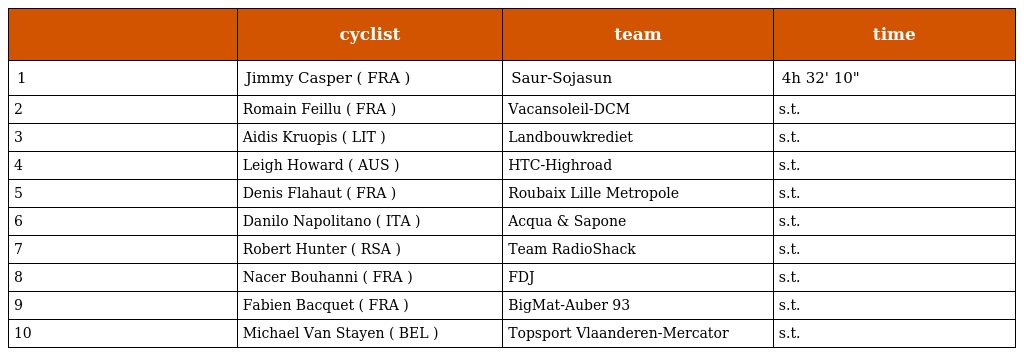
|  | cyclist | team | time |
 | --- | --- | --- | --- |
 | 1 | Jimmy Casper ( FRA ) | Saur-Sojasun | 4h 32' 10" |
 | 2 | Romain Feillu ( FRA ) | Vacansoleil-DCM | s.t. |
 | 3 | Aidis Kruopis ( LIT ) | Landbouwkrediet | s.t. |
 | 4 | Leigh Howard ( AUS ) | HTC-Highroad | s.t. |
 | 5 | Denis Flahaut ( FRA ) | Roubaix Lille Metropole | s.t. |
 | 6 | Danilo Napolitano ( ITA ) | Acqua & Sapone | s.t. |
 | 7 | Robert Hunter ( RSA ) | Team RadioShack | s.t. |
 | 8 | Nacer Bouhanni ( FRA ) | FDJ | s.t. |
 | 9 | Fabien Bacquet ( FRA ) | BigMat-Auber 93 | s.t. |
 | 10 | Michael Van Stayen ( BEL ) | Topsport Vlaanderen-Mercator | s.t. |